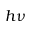
h \nu